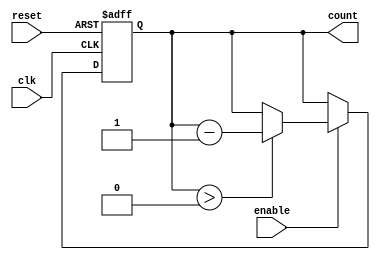
module down_counter (
    input wire clk,        // Clock signal
    input wire enable,     // Enable signal
    input wire reset,      // Asynchronous reset signal
    output reg [N-1:0] count // Output current count value
);
    parameter N = 8; // Set maximum count value (from 0 to N-1)
    localparam MAX_COUNT = N - 1; // Maximum count value

    // Asynchronous reset behavior
    always @(posedge clk or posedge reset) begin
        if (reset) begin
            // When reset is high, set count to maximum value
            count <= MAX_COUNT;
        end else if (enable) begin
            // If enable is high, decrement the counter
            if (count > 0) begin
                count <= count - 1;
            end
            // If count is 0, it stays at 0, so no action needed
        end
        // When enable is low, the count value is retained
    end

    // Initialize count value
    initial begin
        count = MAX_COUNT; // Start from maximum count
    end

endmodule